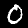
Label: 0